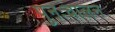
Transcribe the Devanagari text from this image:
पुनःचालन